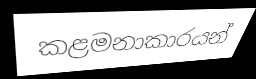
කළමනාකාරයන්